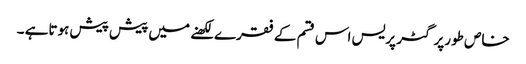
خاص طورپر گٹر پریس اس قسم کے فقرے لکھنے میں پیش پیش ہوتاہے ۔